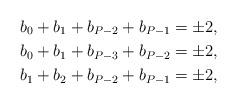
LaTeX: \begin{align*} b_0+b_1+b_{P-2}+b_{P-1}&=\pm 2,\\ b_0+b_1+b_{P-3}+b_{P-2}&=\pm 2,\\ b_1+b_2+b_{P-2}+b_{P-1}&=\pm 2,\end{align*}